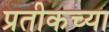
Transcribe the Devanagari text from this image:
प्रतीकच्या